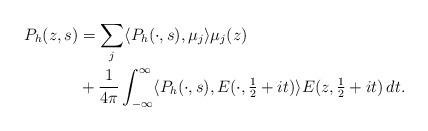
LaTeX: \begin{align*} P_h(z,s)&=\sum_j \langle P_h(\cdot,s),\mu_j \rangle \mu_j(z) \\ &+ \frac{1}{4\pi}\int_{-\infty}^\infty\langle P_h(\cdot,s),E(\cdot,\tfrac{1}{2}+it)\rangle E(z,\tfrac{1}{2}+it)\,dt. \end{align*}